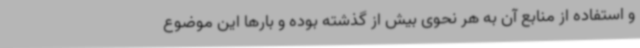
و استفاده از منابع آن به هر نحوی بیش از گذشته بوده و بارها این موضوع